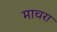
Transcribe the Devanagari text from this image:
माचरा